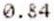
0.84